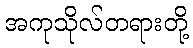
အကုသိုလ်တရားတို့